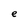
Character: e